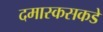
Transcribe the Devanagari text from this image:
दमास्कसकडे